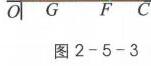
\begin{figure}[h]
\centering
\includegraphics[width = 0.5\textwidth]{your_image_path}
\caption{图2 - 5 - 3}
\label{fig:2-5-3}
\end{figure}
$O\ G\ F\ C$